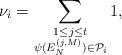
LaTeX: \begin{align*} \nu_i=\sum_{\substack{1\leq j\leq t \\ \psi(E_N^{(j,M)})\in\mathcal{P}_i}}1,\end{align*}